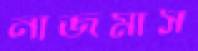
নাজমাস